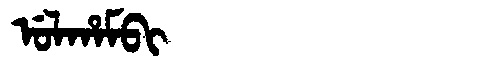
Manchu: ᡠᠯᡥᠠᠮᠪᡳ
Romanization: ULHAMBI